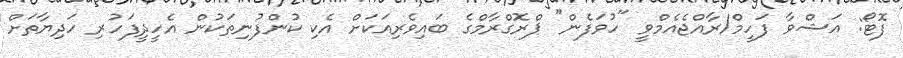
ފޮޓޯ: އަޝްވާ ފަހީމް/ރާއްޖެއެމްވީ "ހުވަފެން" ޕްރޮގްރާމްގެ ބައިވެރިއަކަށް އެކި ކުންފުނިތަކުން އެހީދީފަހުރި ހަދިޔާތަށް